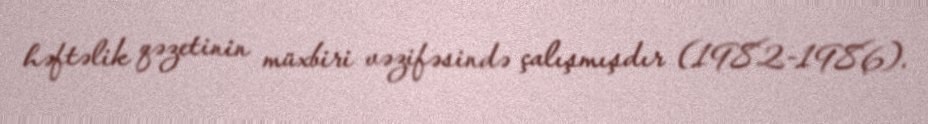
həftəlik qəzetinin müxbiri vəzifəsində çalışmışdır (1982-1986).